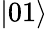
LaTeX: \left|01\right\rangle